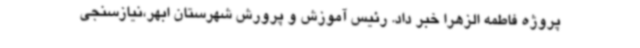
پروژه فاطمه الزهرا خبر داد. رئیس آموزش و پرورش شهرستان ابهر،نیازسنجی